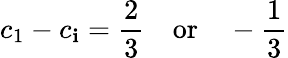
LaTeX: c_{1}-c_{\mathbf{i}}=\frac{{2}}{{3}}\quad\mathrm{{or}}\quad-\frac{{1}}{{3}}